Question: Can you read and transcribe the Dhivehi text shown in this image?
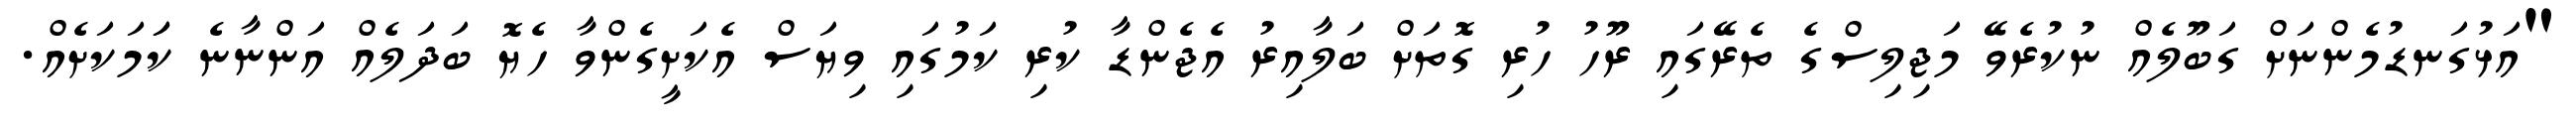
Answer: "އަޅުގަނޑުމެންނަށް ގަބޫލެއް ނުކުރެވޭ މަޖިލިސްގެ ތެރޭގައި ރޫހު ހުރި ގޮތަށް ބަލާއިރު އެޖެންޑާ ކުރި ކަމުގައި ވިޔަސް އެކަށީގެންވާ ހެޔޮ ބަދަލެއް އަންނާނެ ކަަމަކަށެއް.